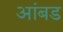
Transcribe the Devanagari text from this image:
आंबड